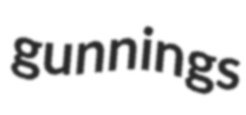
gunnings